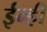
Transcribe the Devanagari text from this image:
ईन्ही